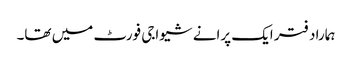
ہمارا دفتر ایک پرانے شیواجی فورٹ میں تھا۔